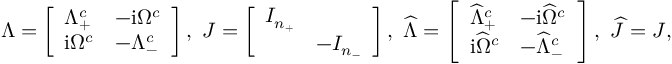
\Lambda = \left[ \begin{array} { l l } { \Lambda _ { + } ^ { c } } & { - \mathrm { i } \Omega ^ { c } } \\ { \mathrm { i } \Omega ^ { c } } & { - \Lambda _ { - } ^ { c } } \end{array} \right] , \, \, J = \left[ \begin{array} { l l } { I _ { n _ { + } } } & \\ & { - I _ { n _ { - } } } \end{array} \right] , \, \, \widehat \Lambda = \left[ \begin{array} { l l } { \widehat \Lambda _ { + } ^ { c } } & { - \mathrm { i } \widehat { \Omega } ^ { c } } \\ { \mathrm { i } \widehat { \Omega } ^ { c } } & { - \widehat \Lambda _ { - } ^ { c } } \end{array} \right] , \, \, \widehat J = J ,